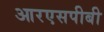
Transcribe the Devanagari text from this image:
आरएसपीबी